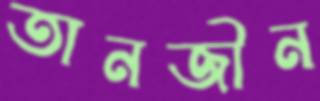
তানজীন